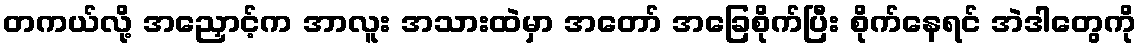
တကယ်လို့ အညှောင့်က အာလူး အသားထဲမှာ အတော် အခြေစိုက်ပြီး စိုက်နေရင် အဲဒါတွေကို